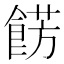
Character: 餝